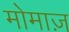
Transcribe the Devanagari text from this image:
मोमाज़